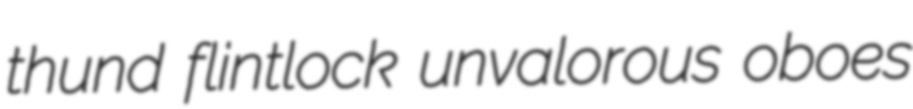
thund flintlock unvalorous oboes